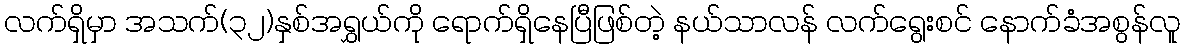
လက်ရှိမှာ အသက်(၃၂)နှစ်အရွှယ်ကို ရောက်ရှိနေပြီဖြစ်တဲ့ နယ်သာလန် လက်ရွေးစင် နောက်ခံအစွန်လူ